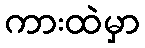
ကားထဲမှာ